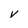
Character: V